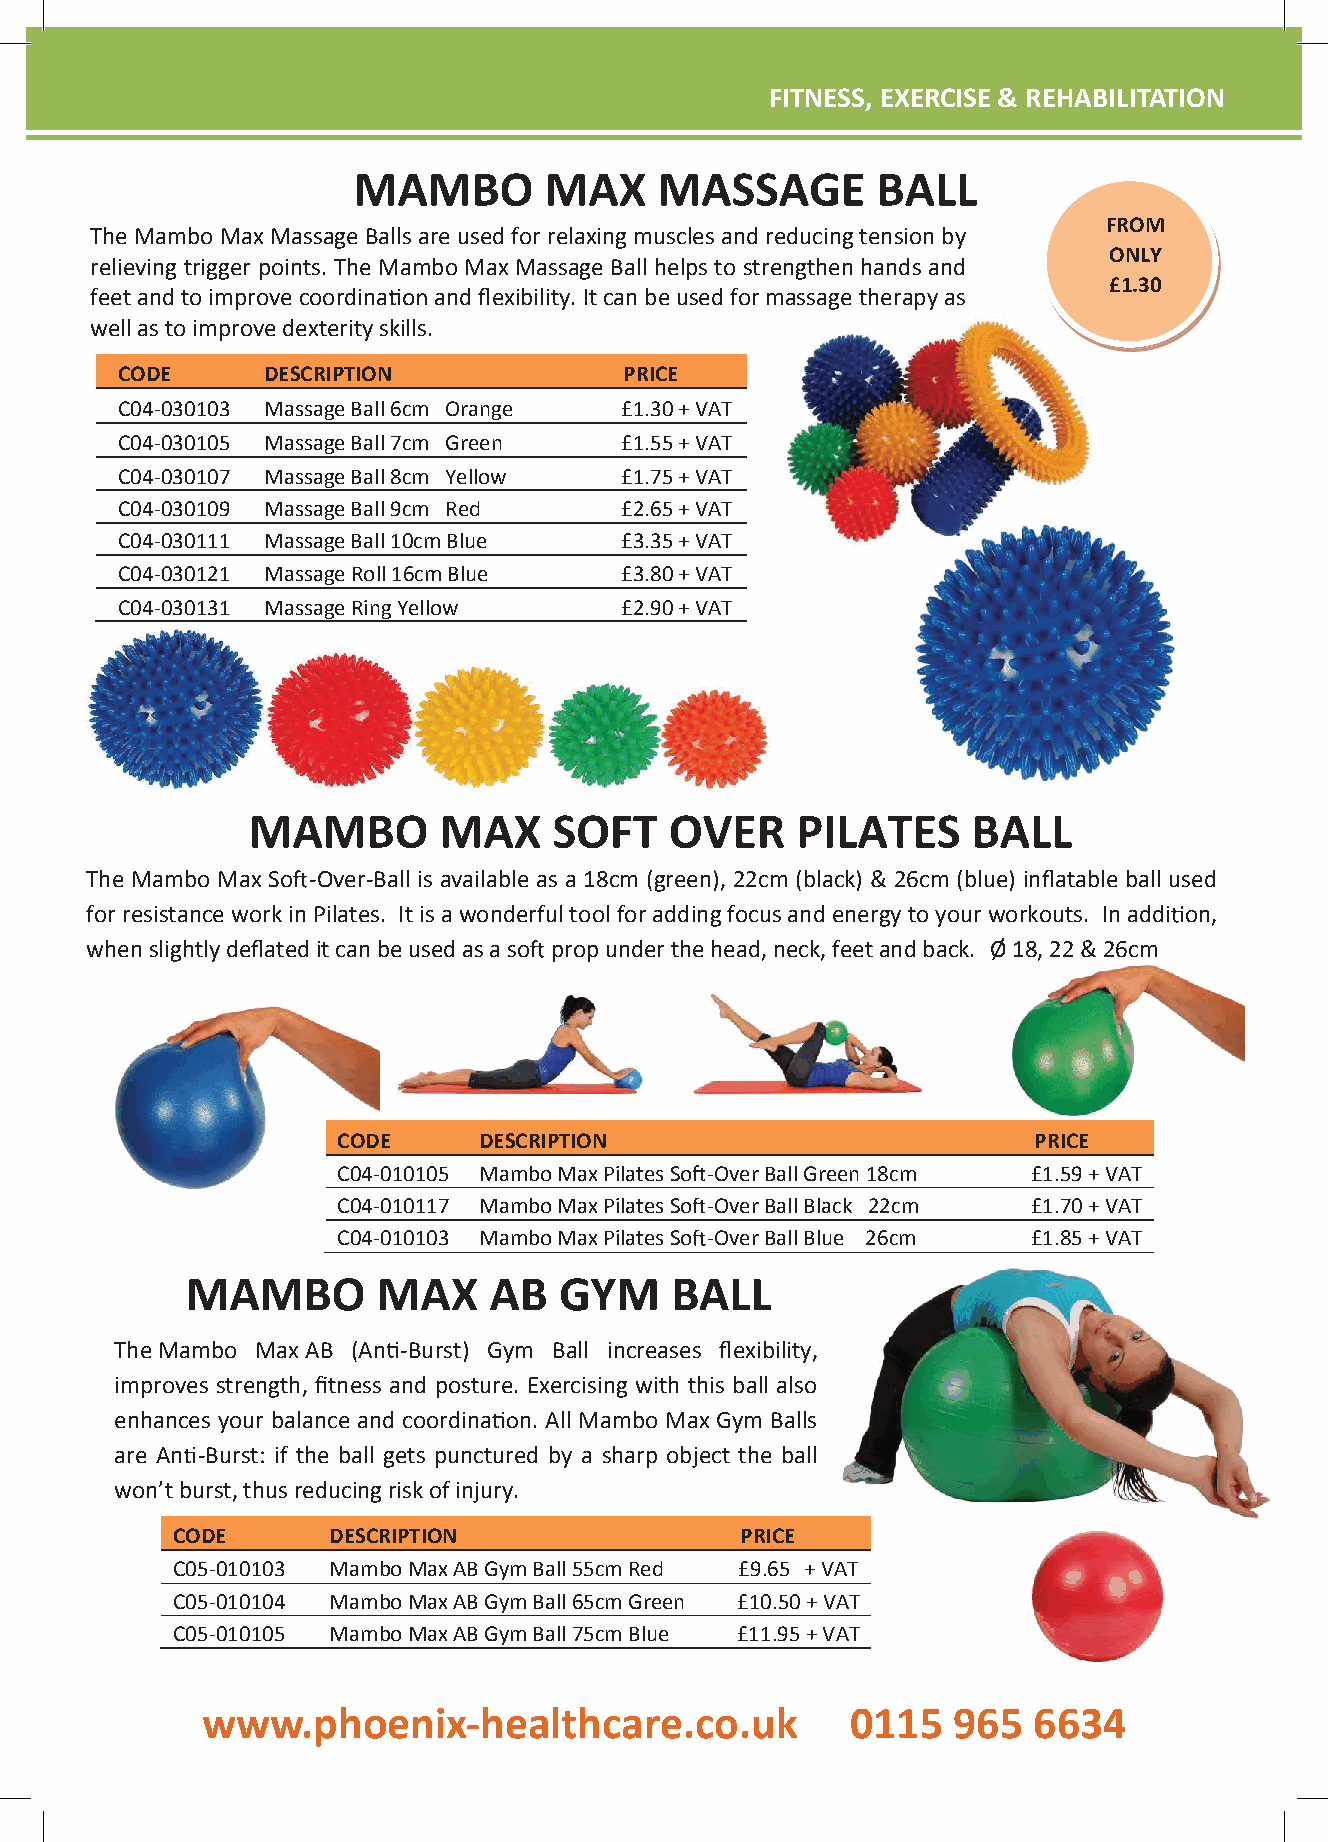
FFIITTNNEESSSS,, EEXXEERRCCIISSEE && RREEHHAABBIILLIITTAATTIIOONN
 FITNESS, EXERCISE & REHABILITATION
 MAMBO        MAX     MASSAGE       BALL
 FROM
 TheMamboMaxMassageBallsareusedfor relaxingmusclesand reducingtensionby
 ONLY
 relieving trigger points. The Mambo MaxMassage Ball helps to strengthen hands and
 £1.30
 feetandtoimprovecoordina andflexibility.Itcanbeusedformassagetherapyas
 wellastoimprovedexterity skills.
 CODE     DESCRIPTION             PRICE
 C04-030103 Massage Ball6cm Orange £1.30+VAT
 C04-030105 Massage Ball7cm Green £1.55+VAT
 C04-030107 Massage Ball8cm Yellow £1.75+VAT
 C04-030109 Massage Ball9cm Red   £2.65+VAT
 C04-030111 Massage Ball10cmBlue  £3.35+VAT
 C04-030121 Massage Roll16cm Blue £3.80+VAT
 C04-030131 Massage RingYellow    £2.90+VAT
 MAMBO        MAX     SOFT   OVER     PILATES    BALL
 The Mambo Max So -Over-Ball is available as a 18cm (green), 22cm (black) & 26cm (blue) inflatable ball used
 forresistanceworkinPilates. Itisawonderfultoolforaddingfocusandenergytoyourworkouts. Inaddi on,
 whenslightlydeflateditcanbeusedasaso propunderthehead,neck,feetandback. Ø18,22&26cm
 CODE      DESCRIPTION                         PRICE
 C04-010105 MamboMaxPilatesSo -OverBall Green 18cm £1.59+VAT
 C04-010117 MamboMaxPilatesSo -OverBall Black 22cm £1.70+VAT
 C04-010103 MamboMaxPilatesSo -OverBall Blue 26cm £1.85+VAT
 MAMBO        MAX    AB   GYM    BALL
 TheMambo MaxAB (An -Burst) Gym Ball increases flexibility,
 improves strength, fitness and posture. Exercising with this ball also
 enhances your balance and coordina n. All Mambo Max Gym Balls
 are An -Burst: if the ball gets punctured by a sharp object the ball
 won’tburst,thusreducingriskofinjury.
 CODE       DESCRIPTION                PRICE
 C05-010103 MamboMax AB Gym Ball55cm Red £9.65 +VAT
 C05-010104 MamboMax AB Gym Ball65cm Green £10.50+ VAT
 C05-010105 MamboMax AB Gym Ball75cm Blue £11.95+ VAT
 wwwwww..pphhooeenniixx--hheeaalltthhccaarree..ccoo..uukk 00111155 996655 66663344
 www.phoenix-healthcare.co.uk                 0115   965  6634